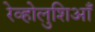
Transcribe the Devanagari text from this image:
रेव्होलुशिआँ